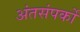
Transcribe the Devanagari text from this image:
अंतसंपर्कों